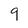
Character: 9